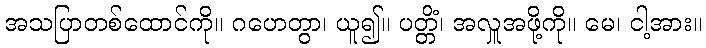
အသပြာတစ်ထောင်ကို။ ဂဟေတွာ၊ ယူ၍။ ပတ္တိံ၊ အလှူအဖို့ကို။ မေ၊ ငါ့အား။